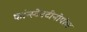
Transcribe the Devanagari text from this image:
कांन्स्टेनटीनोपोल